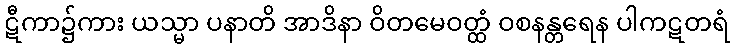
ဋီကာ၌ကား ယသ္မာ ပနာတိ အာဒိနာ ဝိတမေဝတ္ထံ ဝစနန္တရေန ပါကဋတရံ